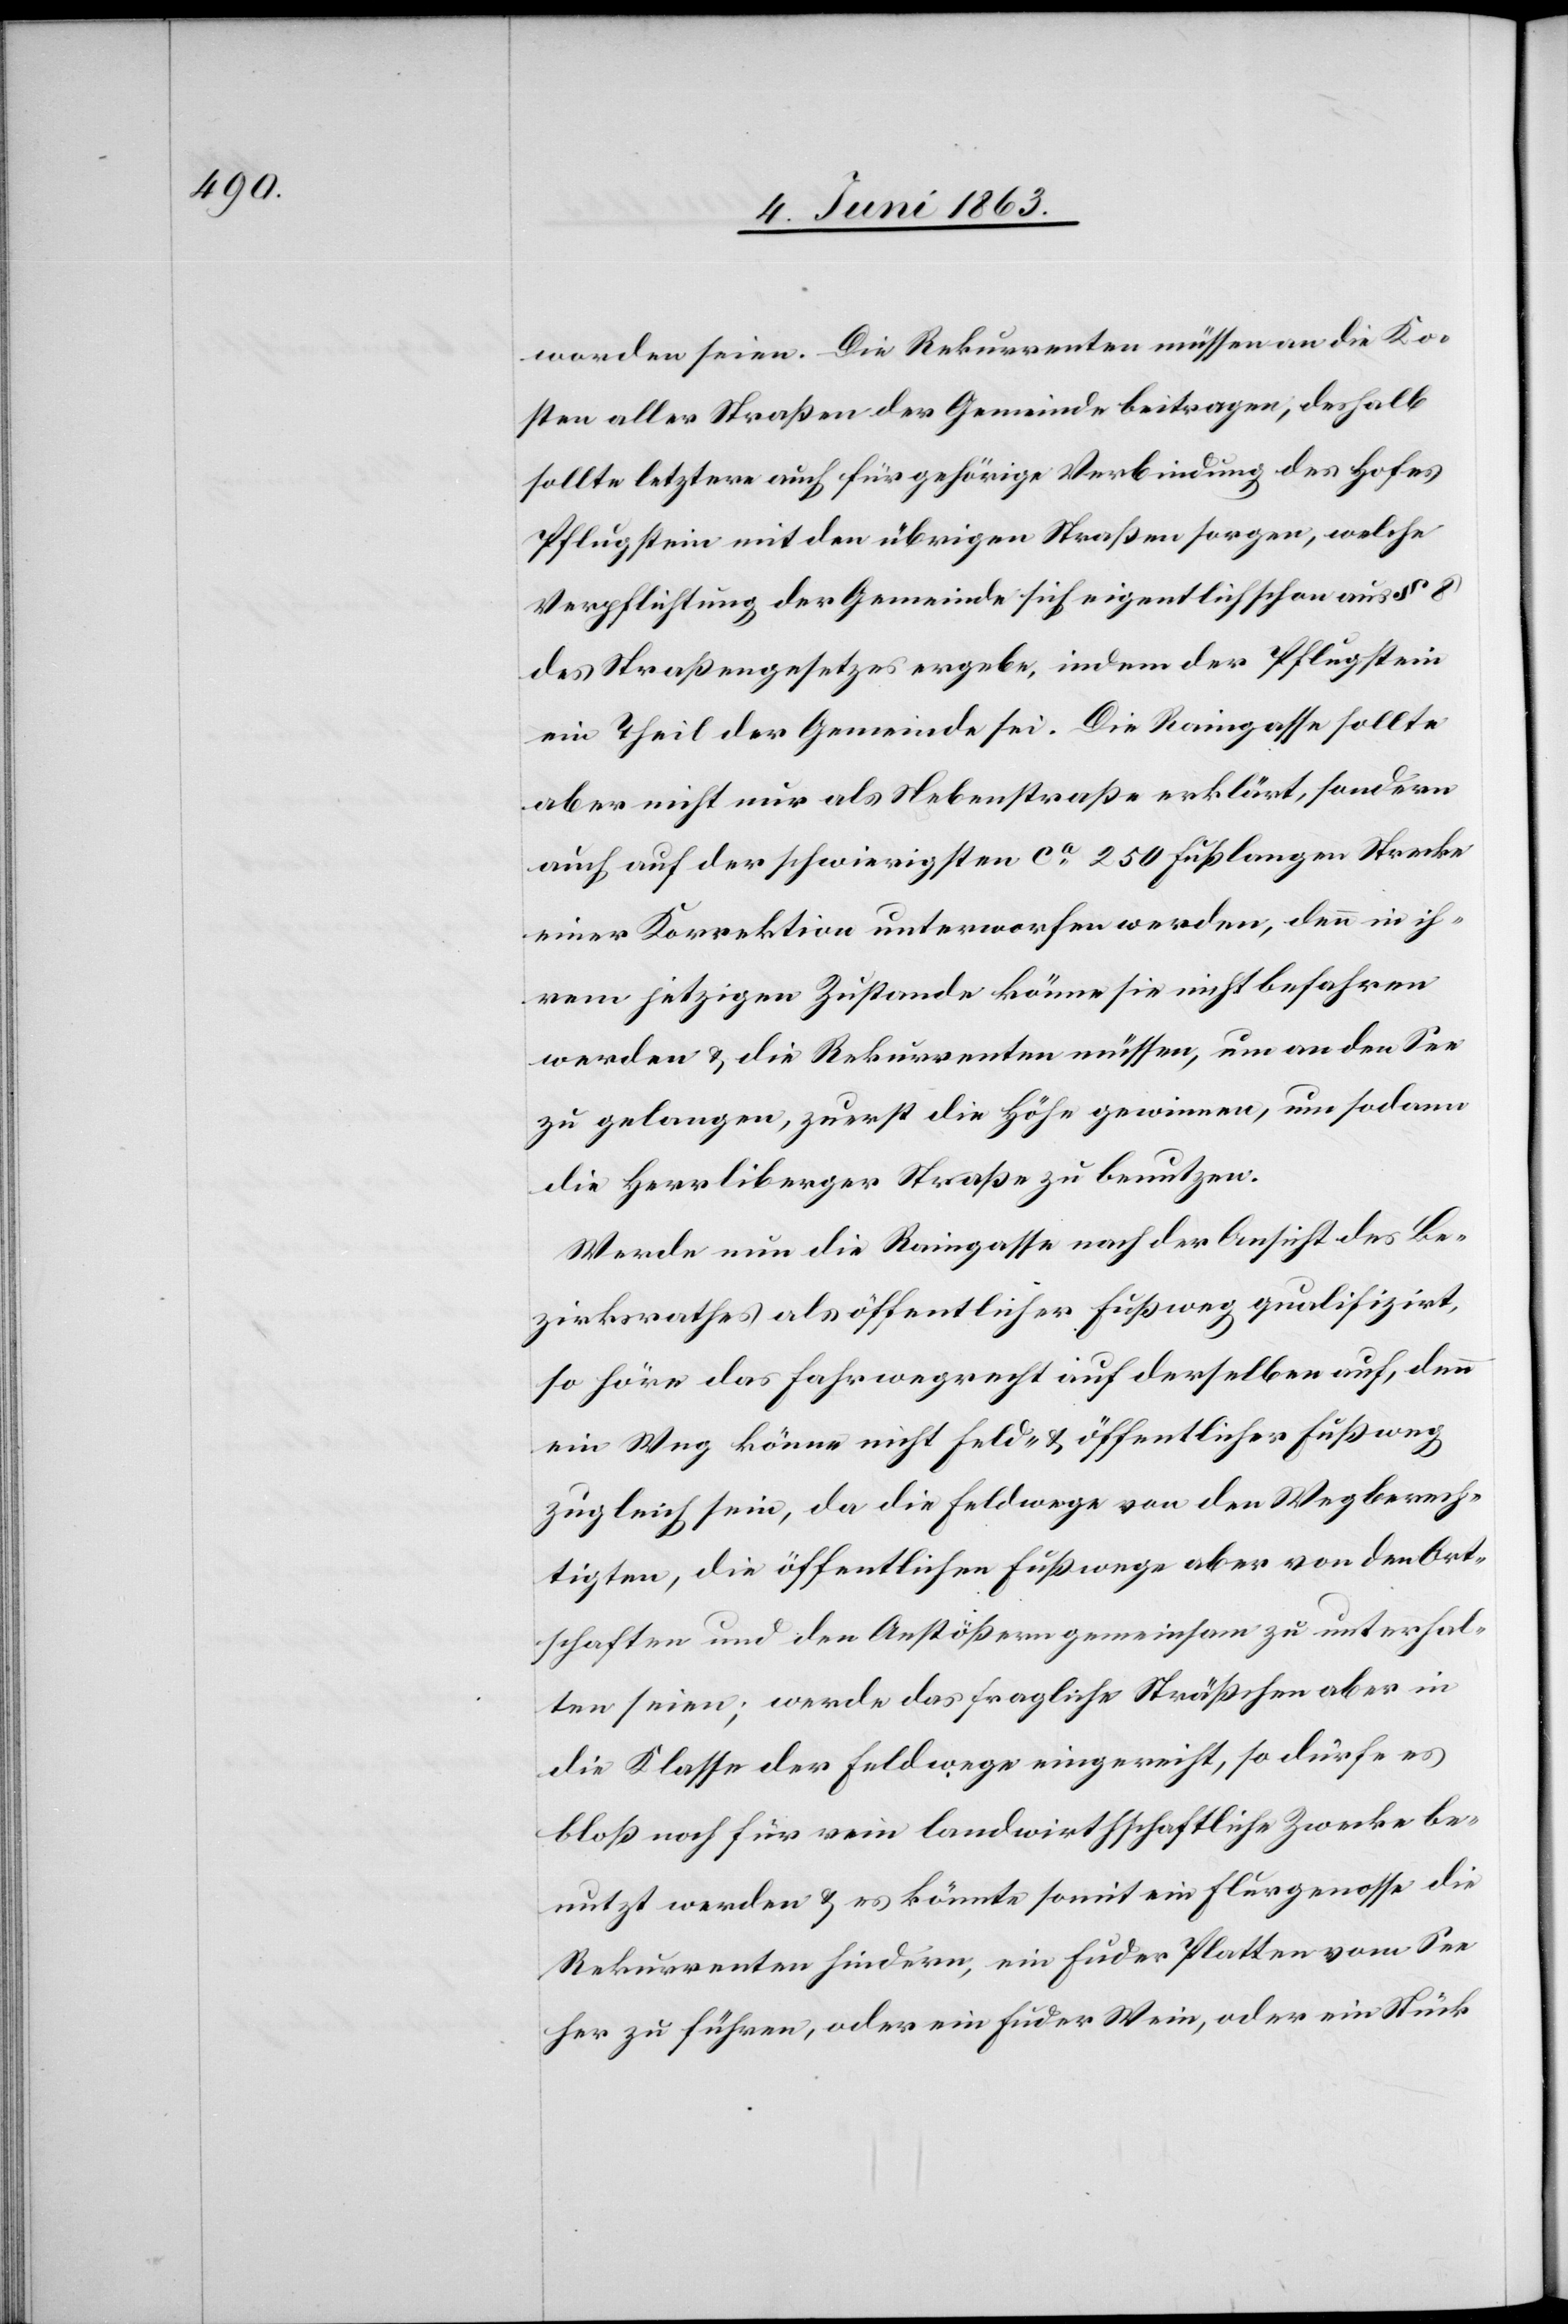
worden seien. Die Rekurrenten müssen an die Ko¬
sten aller Straßen der Gemeinde beitragen, deshalb
sollte letztere auch für gehörige Verbindung des Hofes
Pflugstein mit den übrigen Straßen sorgen, welche
Verpflichtung der Gemeinde sich eigentlich schon aus § 8
des Straßengesetzes ergebe, indem der Pflugstein
ein Theil der Gemeinde sei. Die Raingasse sollte
aber nicht nur als Nebenstraße erklärt, sondern
auch auf der schwierigsten ca 250 Fuß langen Strecke
einer Korrektion unterworfen werden, denn in ih¬
rem jetzigen Zustande könne sie nicht befahren
werden & die Rekurrenten müssen, um an den See
zu gelangen, zuerst die Höhe gewinnen, um sodann
die Herrliberger Straße zu benutzen.
Werde nun die Raingasse nach der Ansicht des Be¬
zirksrathes als öffentlicher Fußweg qualifizirt,
so höre das Fahrwegrecht auf derselben auf, denn
ein Weg könne nicht Feld- & öffentlicher Fußweg
zugleich sein, da die Feldwege von den Wegberech¬
tigten, die öffentlichen Fußwege aber von den Ort¬
schaften und den Anstößern gemeinsam zu unterhal¬
ten seien; werde das fragliche Sträßchen aber in
die Klasse der Feldwege eingereicht, so dürfe es
bloß noch für rein landwirthschaftliche Zwecke be¬
nutzt werden & es könnte somit ein Flurgenosse die
Rekurrenten hindern, ein Fuder Platten vom See
her zu führen, oder ein Fuder Wein, oder ein Stück